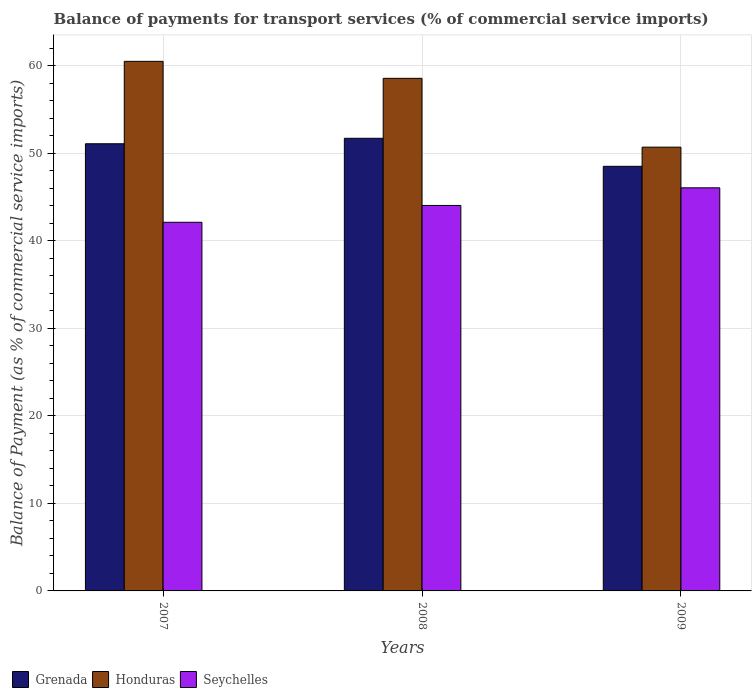
| Years | Grenada | Honduras | Seychelles |
 | --- | --- | --- | --- |
 | 2007 | 51.1 | 60.5 | 42.1 |
 | 2008 | 51.7 | 58.5 | 44 |
 | 2009 | 48.5 | 50.7 | 46 |